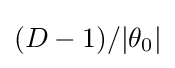
(D-1)/|\theta _{0}|